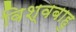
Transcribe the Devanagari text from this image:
विश्वबाहु